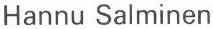
Hannu Salminen